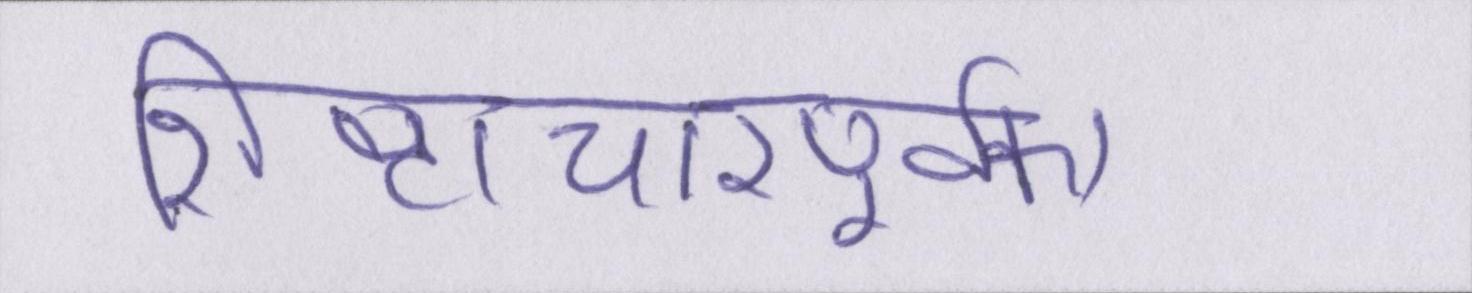
शिष्टाचारपूर्वक।